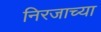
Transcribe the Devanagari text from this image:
निरजाच्या